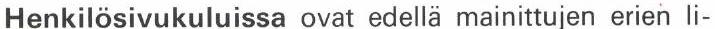
Henkilösivukuluissa ovat edellä mainittujen erien li-